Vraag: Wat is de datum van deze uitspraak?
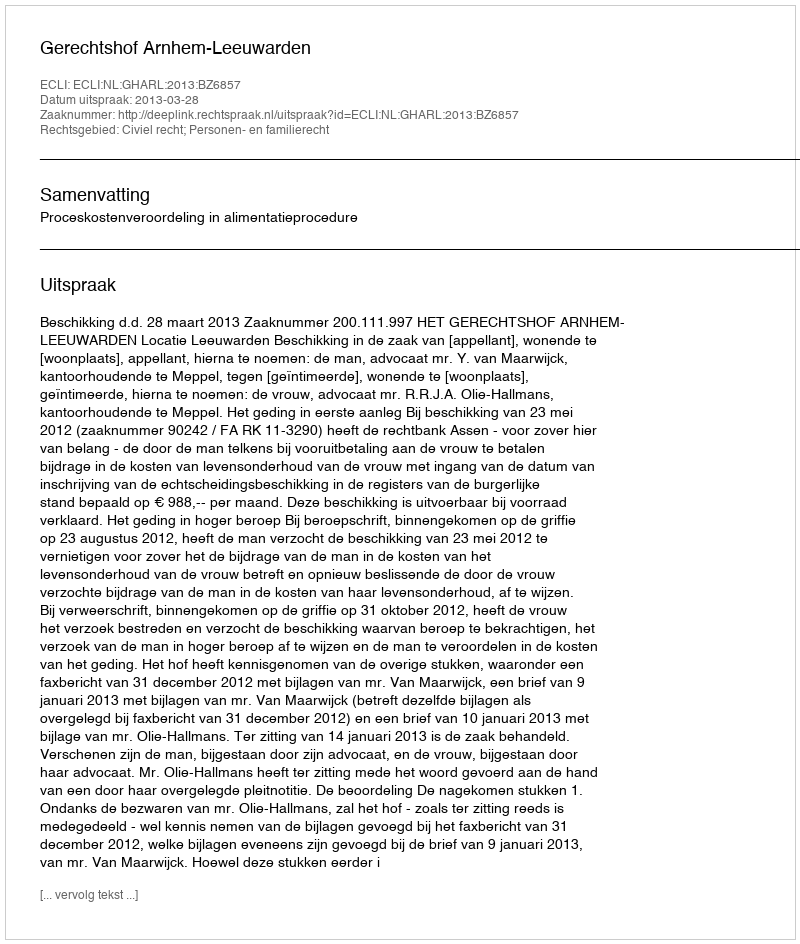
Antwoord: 2013-03-28